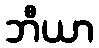
ဘီယာ